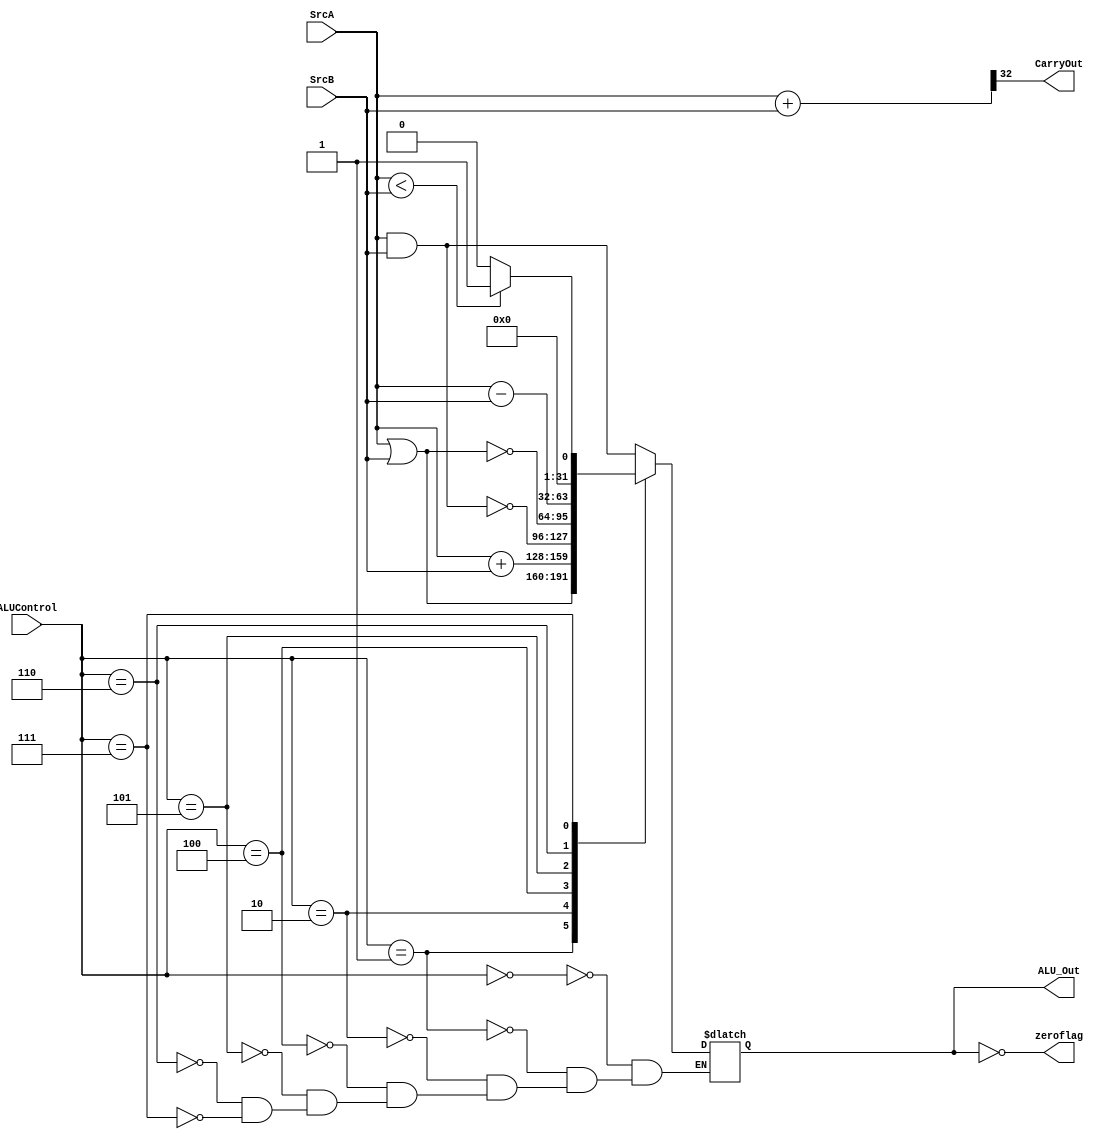
module ALU(
           input [31:0] SrcA,SrcB,                   
           input [2:0] ALUControl,
           output [31:0] ALU_Out, 
           output CarryOut ,
	   output zeroflag 
    );
    reg [31:0] ALU_Result;
//    reg zf ;
    wire [32:0] tmp;
    assign ALU_Out = ALU_Result; 
 //   assign zeroflag = zf ;
    assign tmp = {1'b0,SrcA} + {1'b0,SrcB};
    assign CarryOut = tmp[32];
    assign zeroflag = ALU_Result == 0;
    always @(*)
    begin

	case (ALUControl)
		3'b000: //  Logical and 
			begin
				ALU_Result = SrcA & SrcB;
			end
		3'b001: // Logical or
			begin
				ALU_Result = SrcA | SrcB;
			end
		3'b010: // Addition
			begin
				 ALU_Result = SrcA  + SrcB ;
			end
		3'b100: // Logical nand 
			begin
				ALU_Result = ~(SrcA & SrcB);
			end
		3'b101: //  Logical nor
			begin
				ALU_Result = ~(SrcA | SrcB);
			end
		3'b110: // Subtraction
			begin
				 ALU_Result = SrcA - SrcB ;
			end
		3'b111: // SLT
			begin
				ALU_Result = (SrcA<SrcB)?32'd1:32'd0 ;
			end
		default
			begin
				ALU_Result = ALU_Result;
			end
	endcase


		/*  
		  if (ALU_Result == 0)
		     zf = 1 ;
		  else 
		     zf= 0 ;*/
    end

endmodule